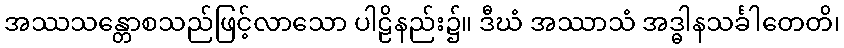
အဿသန္တောစသည်ဖြင့်လာသော ပါဠိနည်း၌။ ဒီဃံ အဿာသံ အဒ္ဓါနသင်္ခါတေတိ၊